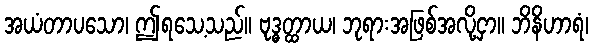
အယံတာပသော၊ ဤရသေ့သည်။ ဗုဒ္ဓတ္ထာယ၊ ဘုရားအဖြစ်အလို့ငှာ။ ဘိနိဟာရံ၊